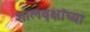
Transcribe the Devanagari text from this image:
शालवृक्षांच्या